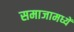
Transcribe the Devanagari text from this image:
समाजामध्यें